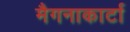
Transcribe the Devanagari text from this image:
मैगनाकार्टा